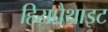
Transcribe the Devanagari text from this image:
हिरापैथाइट